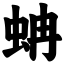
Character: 蚺